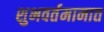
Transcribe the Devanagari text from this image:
शुभवर्तमानात